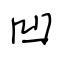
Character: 凹